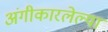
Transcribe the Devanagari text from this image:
अंगीकारलेल्या